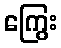
ကြွေး